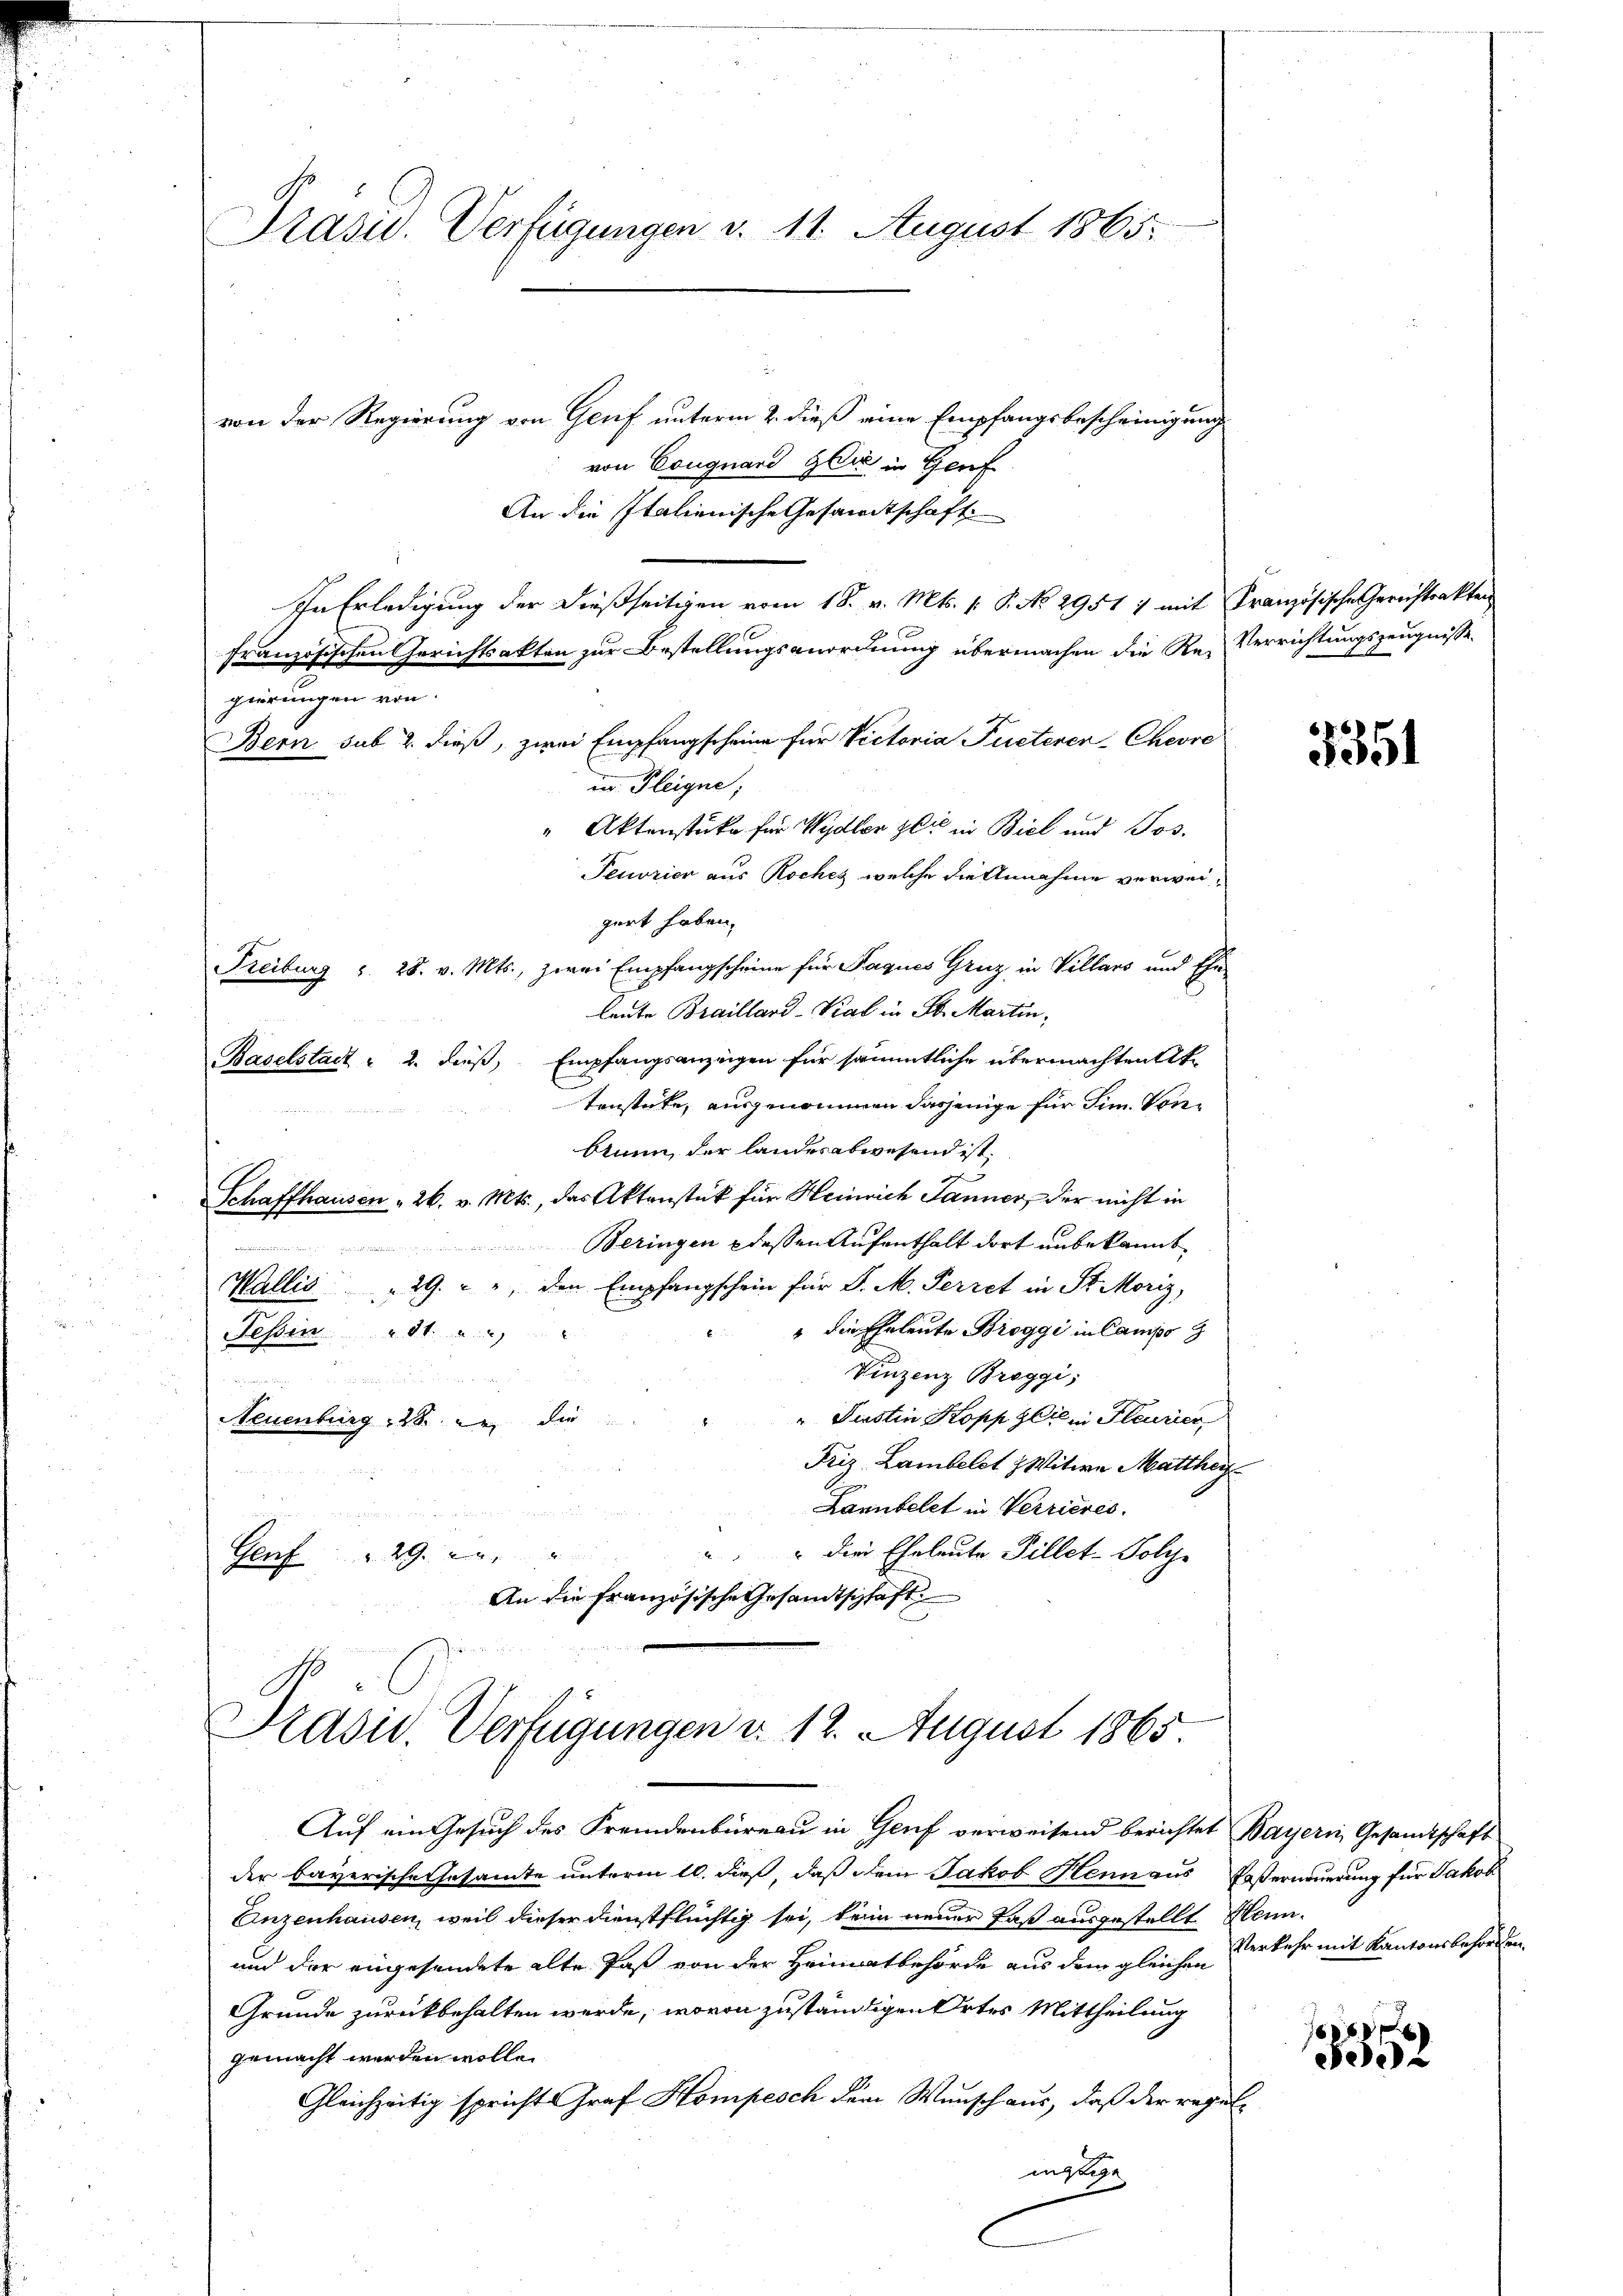
Präsid.. Verfügungen d. 11. August 1865.

von der Regierung von Genf unterm 2. dieß eine Empfangsbescheinigung
von Cougnard Glas in Genf
An die Italienische Gesamtschaft
In Erledigung der dießseitigen vom 18. v. Mts. (: P. No 2951 1 mit Französische Gerichtsakten
französischen Gerichtsakten zur Bestellungsanordnung übermachen die Re-Verrichtungszeugnisse
gierungen von
Bern sub 2. dieß, zwei Empfangscheine für Victoria Fueterer-Chevre
un Fleigne;
" Aktenstüke für Wydler zeit in Biel und Jos.
Peurier aus Roches welche die Annahme verweigert haben.
Freiburg v. 28. v. Mts., zwei Empfangscheine für Paques Gruz in Villars und Ehe-
leute Braillard-Vial in St. Martin,
Baselstadt u 2. dieß, Empfangsanzeigen für sämmtliche übermachten Aktenstücke, ausgenommen dasjenige für dim. Vonbauen, der landesabwesend ist,
Schaffhausen 26. v. Mts., das Aktenstück für Heinrich Janner, der nicht in
Beringen dessen Aufenthalt dort unbekannt,
e
Wallis " 29. " " den Empfangschein für d. M. Perret in St. Moriz,
" die Eheleute Breggi in Campo 8
Fessen.
Vinzenz Braggi,

" Sistin Kopp Geilien Pleurier
Neuenburg  28 die
Friz Lambelst Witwe Matthei
Lannbelet in Verrieres.
" der Eheleute Pillet-Solche
x
. 29.
Porf
An die Französische Gesandtschaft

Präsid. Verfügungen d. 12. August 1865.

Auf ein Gesuch des Fremdenbureau in Genf verweisend berichtet Bayern, Gesandtschaft
der bayerische Gesamte unterm 10. dieß, daß dein Jakob Henn aus Posterneuerung für Jakob
Anzenhausen, weil dieser dienstflüchtig sei, kein neuer Paß ausgestellt Henn¬
und der angesendete alte Paß von der Heimatbehörde aus dem gleichen
Gründe zurückbehalten werde, wovon zuständigen Ortes Mittheilung
gemacht werden wolle.
Gleichzeitig spricht Graf Hompesch dem Wunsch aus, daß der regelmässige
x

5351

Verkehr mit Kantonsbehörden,

SD
See